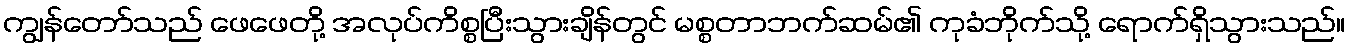
ကျွန်တော်သည် ဖေဖေတို့ အလုပ်ကိစ္စပြီးသွားချိန်တွင် မစ္စတာဘက်ဆမ်၏ ကုခံဘိုက်သို့ ရောက်ရှိသွားသည်။